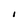
Character: I